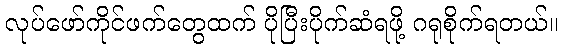
လုပ်ဖော်ကိုင်ဖက်တွေထက် ပိုပြီးပိုက်ဆံရဖို့ ဂရုစိုက်ရတယ်။